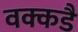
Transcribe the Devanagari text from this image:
वक्कडै